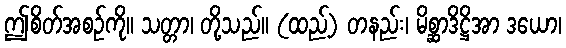
ဤစိတ်အစဉ်ကို။ သတ္တာ၊ တို့သည်။ (ထည့်) တနည်း၊ မိစ္ဆာဒိဋ္ဌိအာ ဒယော၊